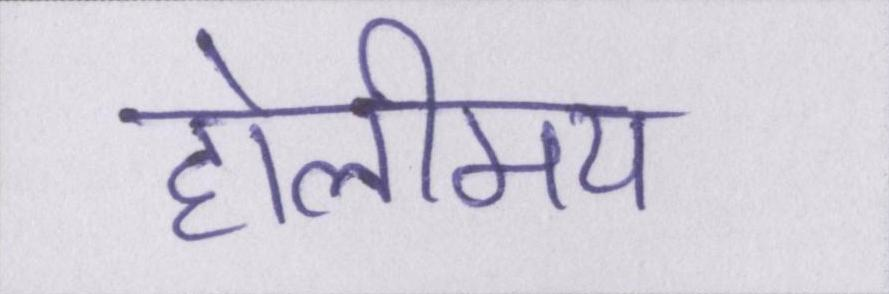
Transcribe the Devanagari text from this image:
होलीमय